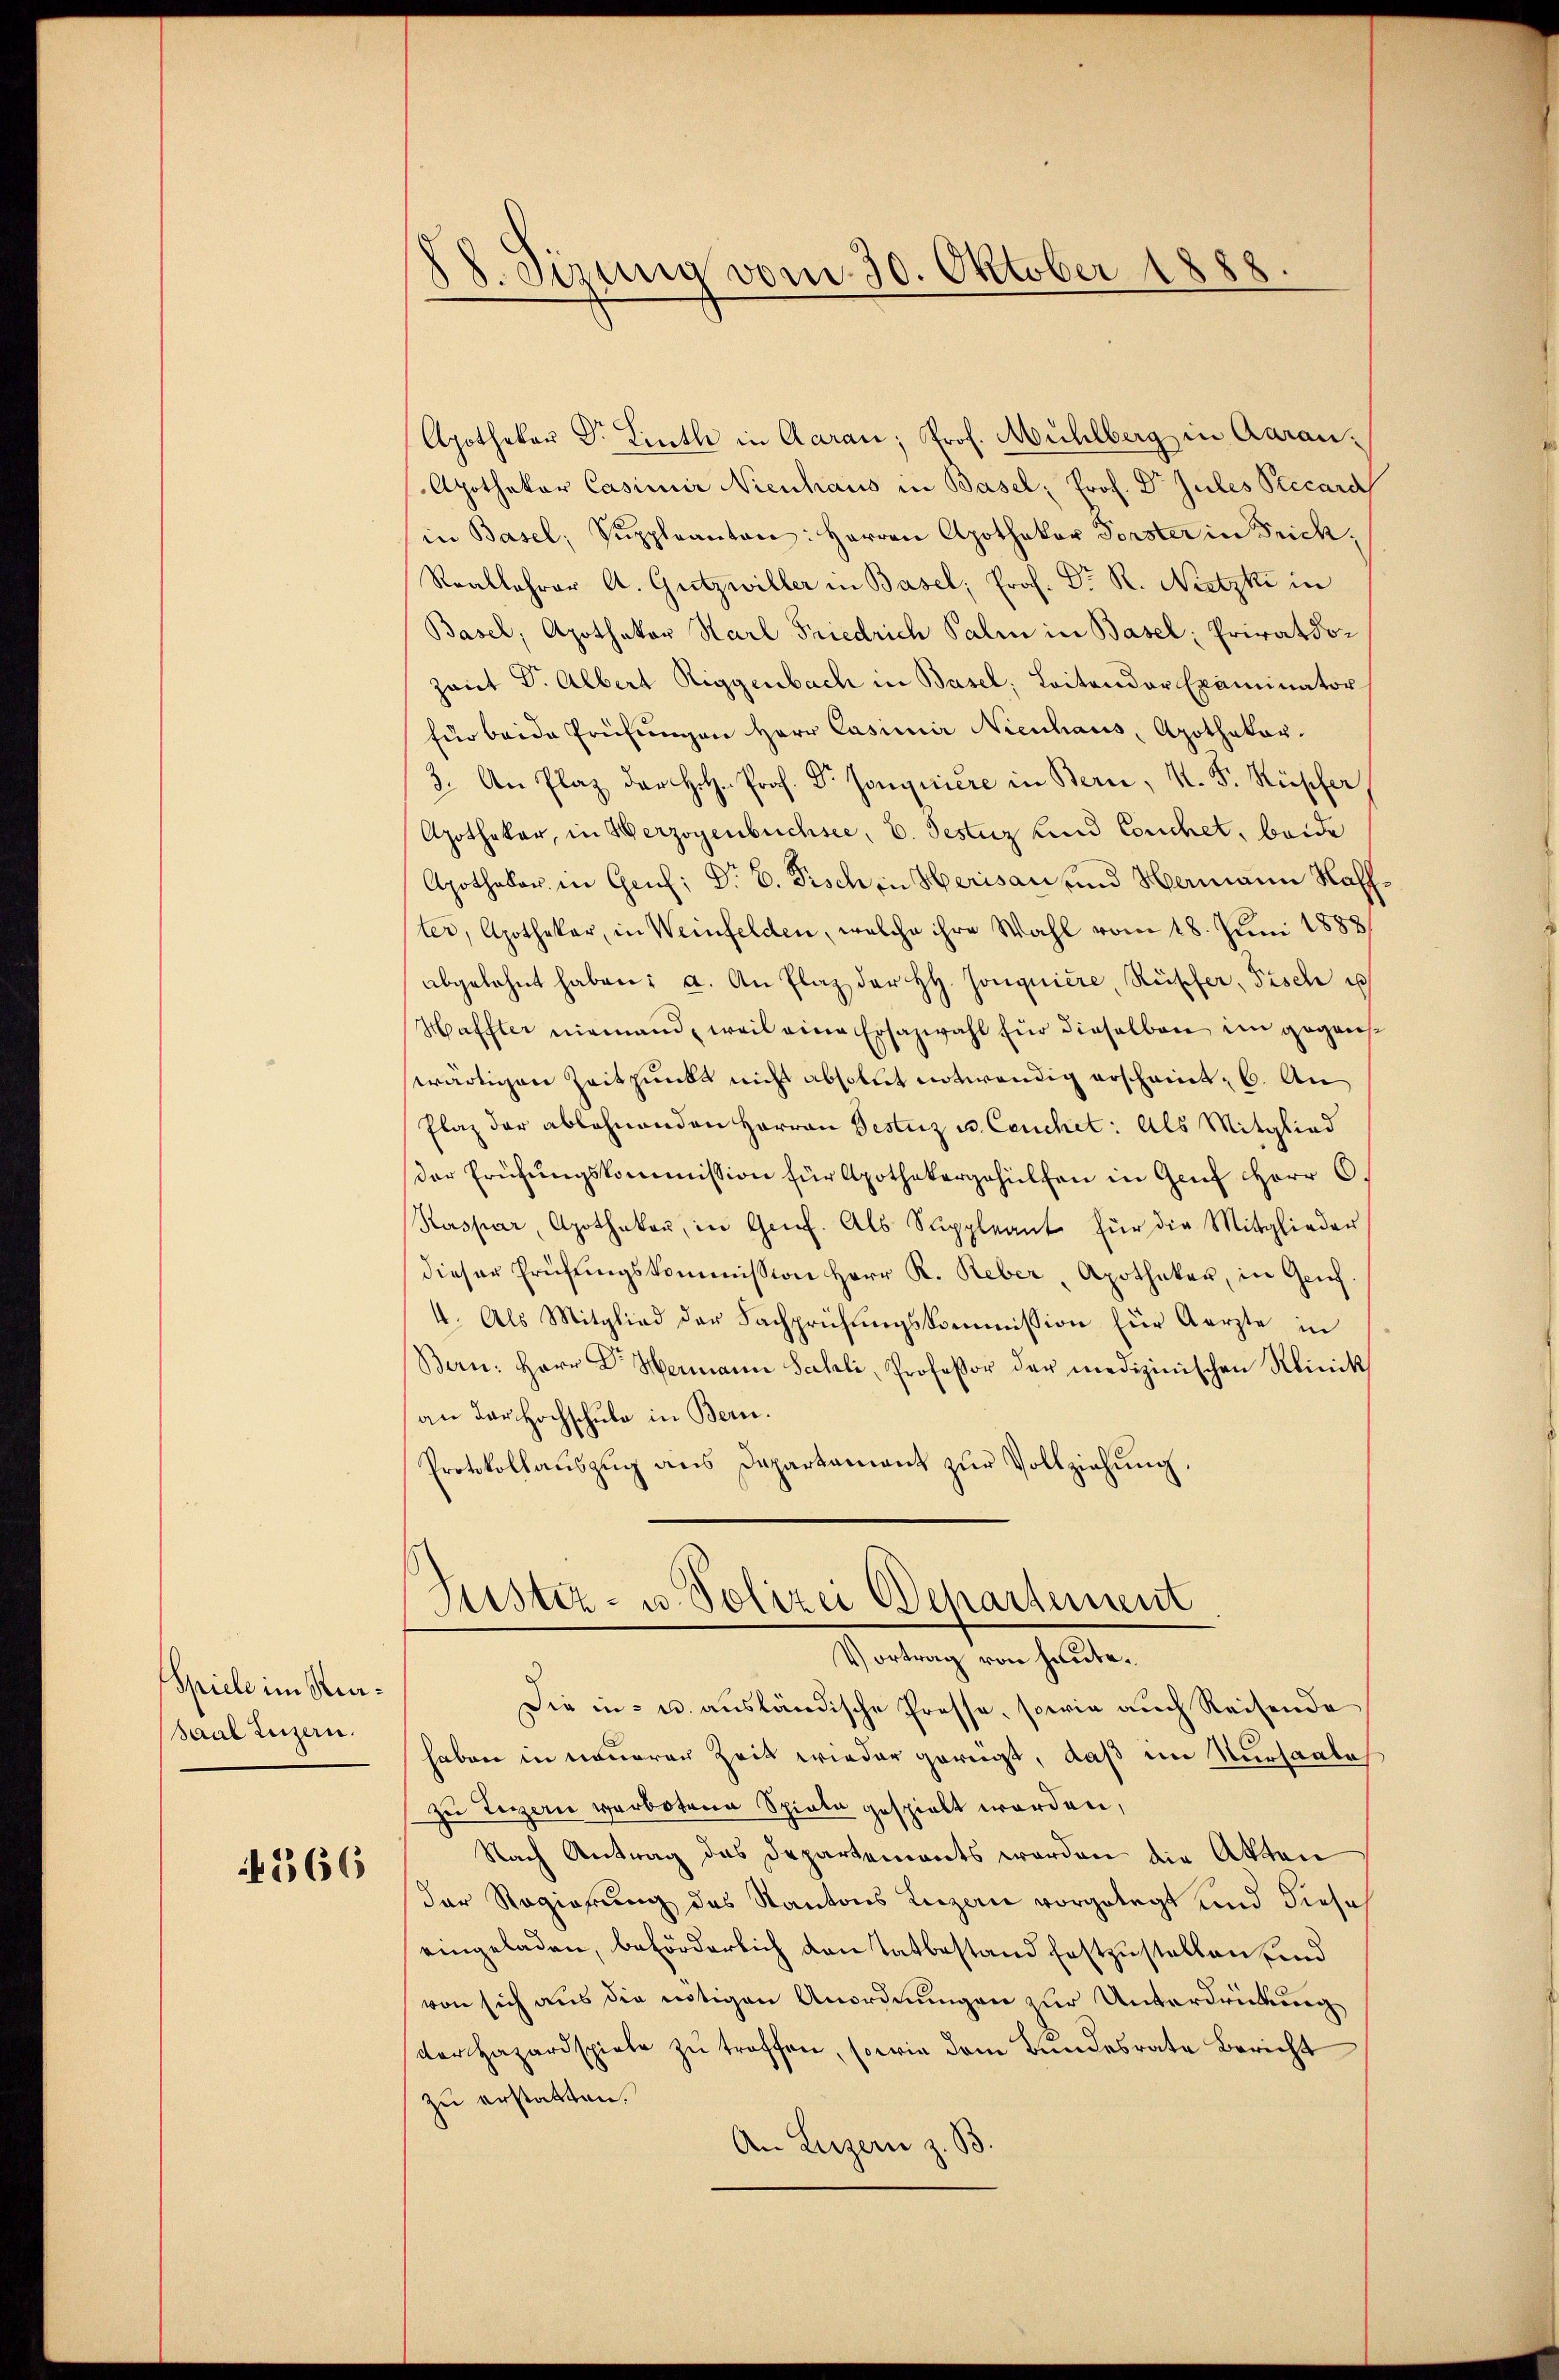
Spiele im Reasaal Luzern.

366

. Sirung vom 30. Oktober 1888.

Apothekar Dr. Linth in Aarau; Prof. Mühlberg in Aarau¬
Apothekar Casimir Nienhaus in Basel, Prof. Dr Jules Precard
in Basel, Suppleanten: Herren Apothekar Forster in Frick,
Reallehrer A. Gutzwiller in Basel, Prof. Dr. R. Nietzki in
Basel, Apothekar Karl Friedrich Salin in Basel, Privatdozaut Dr. Albert Riggenbach in Basel; Laitander Examinator
für beide Prüfungen Herr Casimir Nienhaus, Apothekar-
3. An Plaz der H. Prof. Dr Jonquière in Bern, K. F. Rüpfer
Apothekar, in Herzogenbüchsee, C. Pestanz und Conchet, beide
Apothekar in Grus; Dr E. Fisch in Herisau und Hermann Haff
ter, Apothekar, in Weinfelden, welche ihre Wahl vom 18. Juni 1888
abgelehnt haben: a. An Plaz der HH. Jonquière, Rüpfer, Fisch es
Haffter niemand, weil eine Ersazwahl für dieselben im gegenswärtigen Zeitpunkt nicht absolut notwendig erscheint, 6. An
Plaz der ablehnenden Harron Bestiz u. Ceuchet: Als Mitglied
der Prüfungskommission für Apothekergehülfen in Genf Herr C.
Kaspar, Apothekar, in Genf. Als Suppleant für die Mitglieder
dieser Prüfungskommission Herr R. Reber Apotheker, in Genf
4. Als Mitglied der Fachprüfŭngskommission für Aerzte in
Bern: Herr Dr. Hermann Salzli, Professor der medizinischen Klinik
an der Hochschule in Bern.
Protokollaŭszŭg ans Departament zŭr Vollziehung.
Justiz- u. Polizei Behartement
Vortrag von heute.
Die in- u. ausländische Presse, sowie auch Reisende
haben in neuerer Zeit wieder geregt, daß im Versaales
zu Terzern verbotene Spiele gespielt worden,
Nach Antrag das Departements worden die Akten
der Regierung des Kantons Luzern vorgelegt und diese
eingeladen, beförderlich von Tatbestand festzustellen und
von sich aus die nötigen Anordnungen zur Unterdrückung
derHazardspiele zŭ treffen, sowie dem Bundesrate Bericht
zu erstatten.
An Luzern z. B.